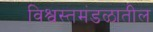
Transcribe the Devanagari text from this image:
विश्वस्तमंडळातील